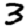
Digit: 3